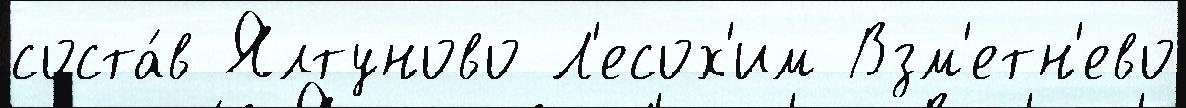
соста́в Ялтуново Л'есох'им Взм'етн'ево